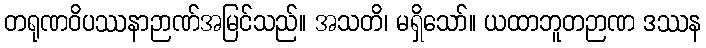
တရုဏဝိပဿနာဉာဏ်အမြင်သည်။ အသတိ၊ မရှိသော်။ ယထာဘူတဉာဏ ဒဿန